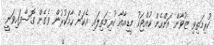
ކުރިމަތިވި ޒުވާން އަންހެން ކުއްޖަކު މީޑިއާއާ ކުރިމަތިލައި އެކަން ހާމަކުރުން ވެގެން ގޮސްފައިވަނީ